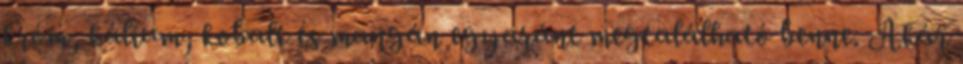
króm, kálium, kobalt és mangán egyaránt megtalálható benne. Akár